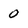
Character: 0